Calcutta medical institutions reports 1871-78
Year: 1871
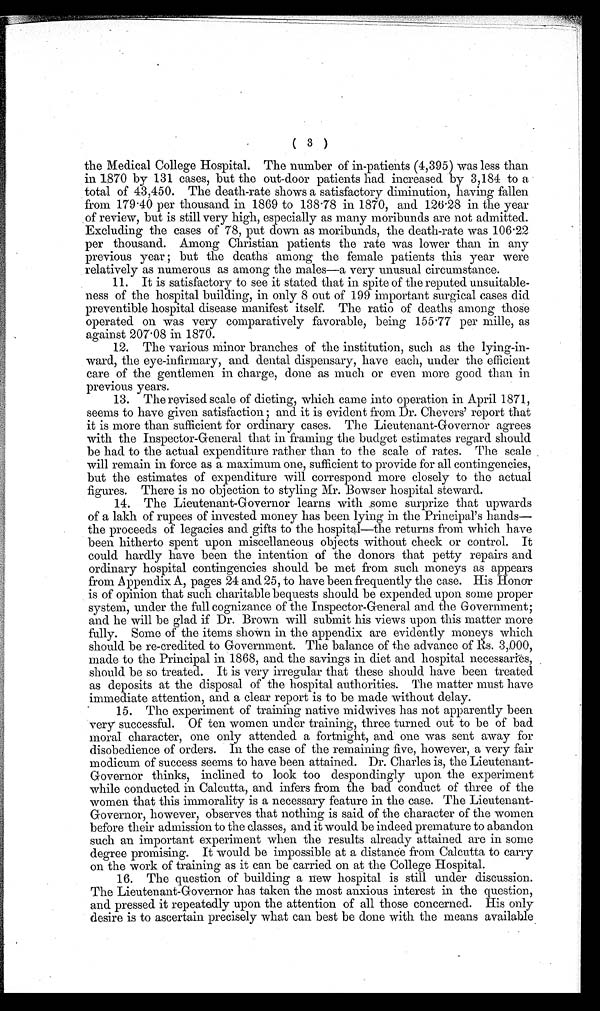
( 3 )
the Medical College Hospital. The number of in-patients (4,395) was less than
in 1870 by 131 cases, but the out-door patients had increased by 3,184 to a
total of 43,450. The death-rate shows a satisfactory diminution, having fallen
from 179.40 per thousand in 1869 to 138.78 in 1870, and 126.28 in the year
of review, but is still very high, especially as many moribunds are not admitted.
Excluding the cases of 78, put down as moribunds, the death-rate was 106.22
per thousand. Among Christian patients the rate was lower than in any
pr e vi ous ye a r ; but t he de a t hs a mong t he f e ma l e pa t i e nt s t hi s ye a r we r e
relatively as numerous as among the males—a very unusual circumstance.
11. It is satisfactory to see it stated that in spite of the reputed unsuitable-
ness of the hospital building, in only 8 out of 199 important surgical cases did
preventible hospital disease manifest itself. The ratio of deaths among those
operated on was very comparatively favorable, being 155.77 per mille, as
against 207.08 in 1870.
12. The various minor branches of the institution, such as the lying-in-
ward, the eye-infirmary, and dental dispensary, have each, under the efficient
care of the gentlemen in charge, done as much or even more good than in
previous years.
13. The revised scale of dieting, which came into operation in April 1871,
seems to have given satisfaction; and it is evident from Dr. Chevers' report that
it is more than sufficient for ordinary cases. The Lieutenant-Governor agrees
with the Inspector-General that in framing the budget estimates regard should
be had to the actual expenditure rather than to the scale of rates. The scale
will remain in force as a maximum one, sufficient to provide for all contingencies,
but the estimates of expenditure will correspond more closely to the actual
figures. There is no objection to styling Mr. Bowser hospital steward.
14. The Lieutenant-Governor learns with some surprize that upwards
of a lakh of rupees of invested money has been lying in the Principal's hands—
the proceeds of legacies and gifts to the hospital—the returns from which have
been hitherto spent upon miscellaneous objects without check or control. It
could hardly have been the intention of the donors that petty repairs and
ordinary hospital contingencies should be met from such moneys as appears
from Appendix A, pages 24 and 25, to have been frequently the case. His Honor
is of opinion that such charitable bequests should be expended upon some proper
system, under the full cognizance of the Inspector-General and the Government;
and he will be glad if Dr. Brown will submit his views upon this matter more
fully. Some of the items shown in the appendix are evidently moneys which
should be re-credited to Government. The balance of the advance of Rs. 3,000,
made to the Principal in 1868, and the savings in diet and hospital necessaries,
should be so treated. It is very irregular that these should have been treated
as deposits at the disposal of the hospital authorities. The matter must have
immediate attention, and a clear report is to be made without delay.
15. The experiment of training native midwives has not apparently been
very successful. Of ten women under training, three turned out to be of bad
moral character, one only attended a fortnight, and one was sent away for
disobedience of orders. In the case of the remaining five, however, a very fair
modicum of success seems to have been attained. Dr. Charles is, the Lieutenant-
Governor thinks, inclined to look too despondingly upon the experiment
while conducted in Calcutta, and infers from the bad conduct of three of the
women that this immorality is a necessary feature in the case. The Lieutenant-
Governor, however, observes that nothing is said of the character of the women
before their admission to the classes, and it would be indeed premature to abandon
such an important experiment when the results already attained are in some
degree promising. It would be impossible at a distance from Calcutta to carry
on the work of training as it can be carried on at the College Hospital.
16. The question of building a new hospital is still under discussion.
The Lieutenant-Governor has taken the most anxious interest in the question,
and pressed it repeatedly upon the attention of all those concerned. His only
desire is to ascertain precisely what can best be done with the means available